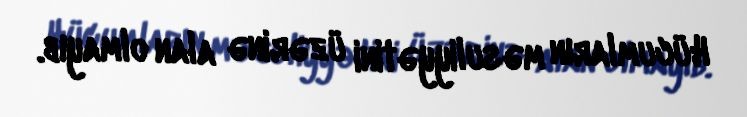
Hücumların məsuliyyətini üzərinə alan olmayıb.